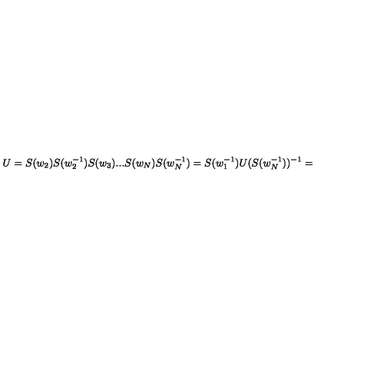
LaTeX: U = S ( w _ { 2 } ) S ( w _ { 2 } ^ { - 1 } ) S ( w _ { 3 } ) . . . S ( w _ { N } ) S ( w _ { N } ^ { - 1 } ) = S ( w _ { 1 } ^ { - 1 } ) U ( S ( w _ { N } ^ { - 1 } ) ) ^ { - 1 } =